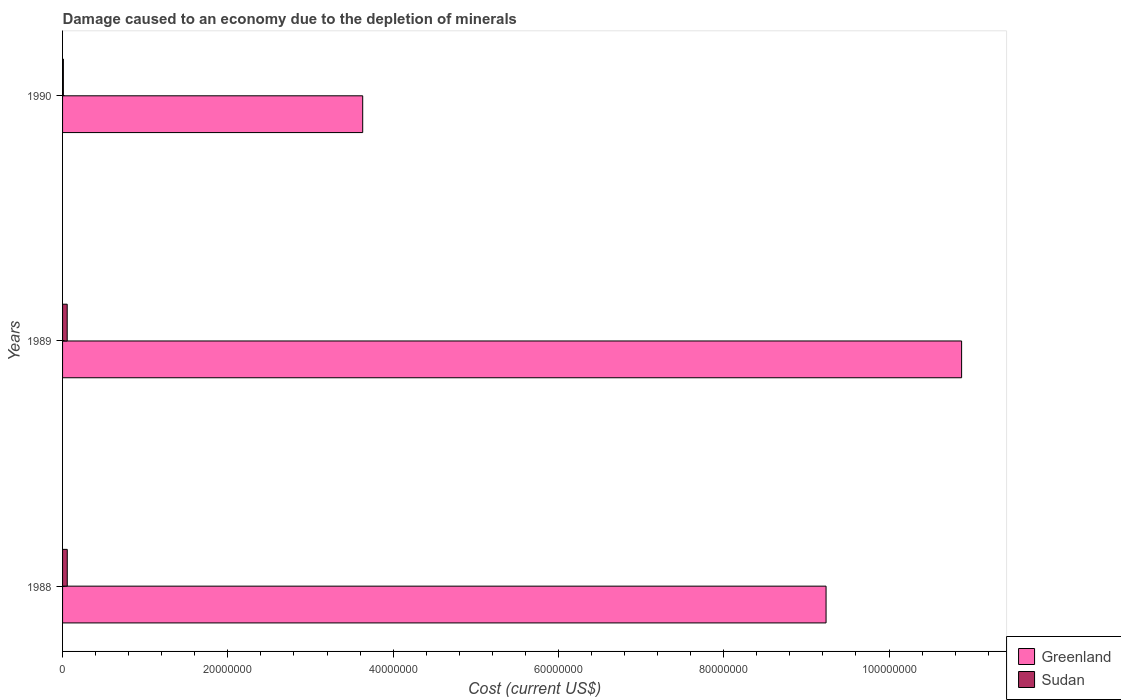
| Years | Greenland | Sudan |
 | --- | --- | --- |
 | 1988 | 9.24e+07 | 5.68e+05 |
 | 1989 | 1.09e+08 | 5.61e+05 |
 | 1990 | 3.63e+07 | 9.84e+04 |